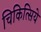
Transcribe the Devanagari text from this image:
चिकित्सिये